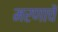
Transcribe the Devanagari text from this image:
मरणाचें